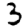
Digit: 3